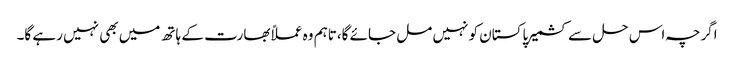
اگرچہ اس حل سے کشمیر پاکستان کو نہیں مل جائے گا،تاہم وہ عملاًبھارت کے ہاتھ میں بھی نہیں رہے گا۔